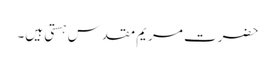
حضرت مریم مقدس ہستی ہیں۔